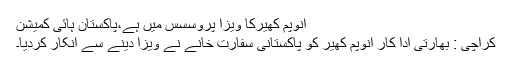
انوپم کھیرکا ویزا پروسسس میں ہے،پاکستان ہائی کمیشن
کراچی : بھارتی ادا کار انوپم کھیر کو پاکستانی سفارت خانے نے ویزا دینے سے انکار کردیا۔